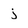
Character: j